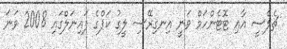
ޗެލްސީ އާއި ޓޮޓެންހަމް ވަނީ އިނގިރޭސި ލީގު ކަޕްގެ ފައިނަލްގައި 2008 ވަނަ